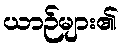
ယာဉ်များ၏